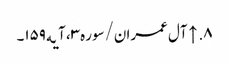
۸. ↑ آل عمران/سوره۳، آیه۱۵۹۔